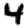
Digit: 4